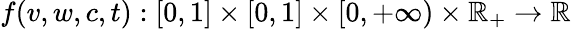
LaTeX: f(v,w,c,t):[0,1]\times[0,1]\times[0,+\infty)\times\mathbb{R}_{+}\to\mathbb{R}